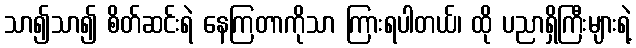
သာ၍သာ၍ စိတ်ဆင်းရဲ နေကြတာကိုသာ ကြားရပါတယ်၊ ထို ပညာရှိကြီးများရဲ့